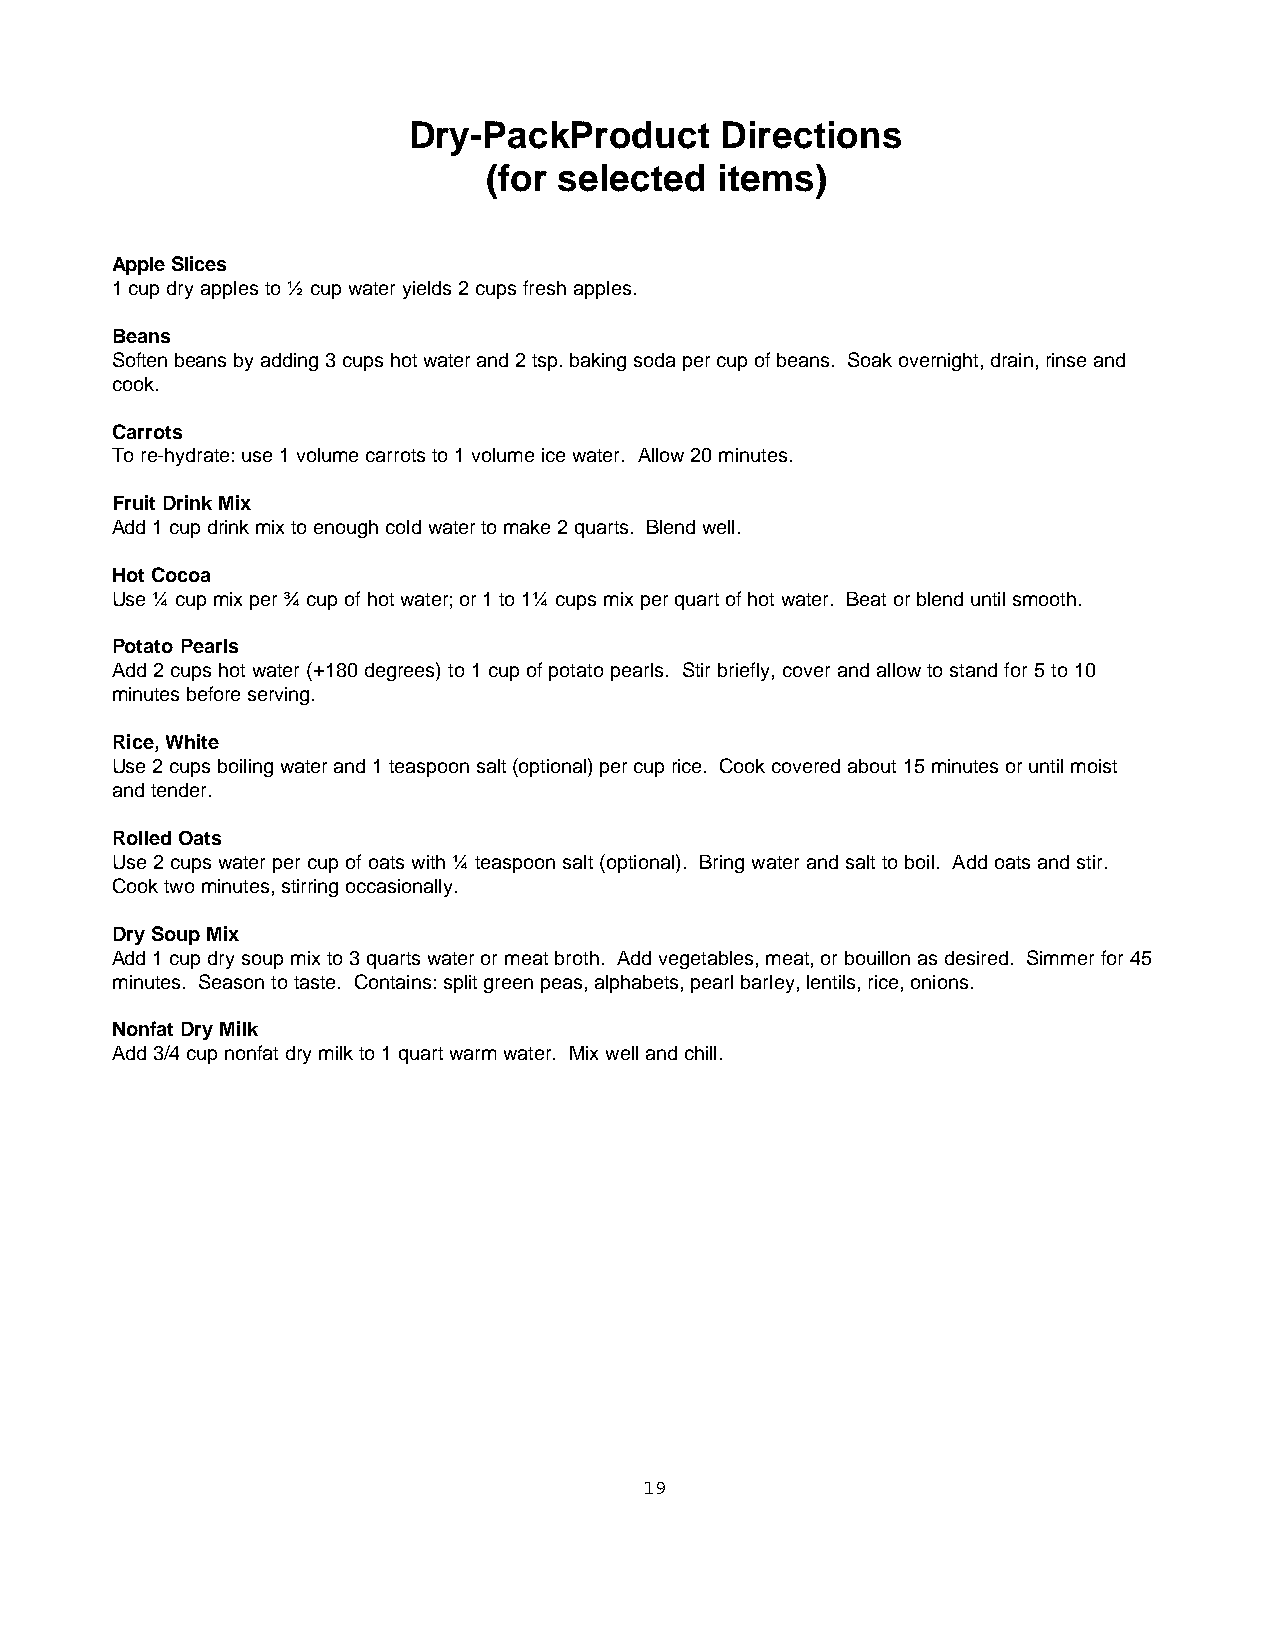
Dry-PackProduct      Directions
 (for selected  items)
 Apple Slices
 1 cup dry apples to ½ cup water yields 2 cups fresh apples.
 Beans
 Soften beans by adding 3 cups hot water and 2 tsp. baking soda per cup of beans. Soak overnight, drain, rinse and
 cook.
 Carrots
 To re-hydrate: use 1 volume carrots to 1 volume ice water. Allow 20 minutes.
 Fruit Drink Mix
 Add 1 cup drink mix to enough cold water to make 2 quarts. Blend well.
 Hot Cocoa
 Use ¼ cup mix per ¾ cup of hot water; or 1 to 1¼ cups mix per quart of hot water. Beat or blend until smooth.
 Potato Pearls
 Add 2 cups hot water (+180 degrees) to 1 cup of potato pearls. Stir briefly, cover and allow to stand for 5 to 10
 minutes before serving.
 Rice, White
 Use 2 cups boiling water and 1 teaspoon salt (optional) per cup rice. Cook covered about 15 minutes or until moist
 and tender.
 Rolled Oats
 Use 2 cups water per cup of oats with ¼ teaspoon salt (optional). Bring water and salt to boil. Add oats and stir.
 Cook two minutes, stirring occasionally.
 Dry Soup Mix
 Add 1 cup dry soup mix to 3 quarts water or meat broth. Add vegetables, meat, or bouillon as desired. Simmer for 45
 minutes. Season to taste. Contains: split green peas, alphabets, pearl barley, lentils, rice, onions.
 Nonfat Dry Milk
 Add 3/4 cup nonfat dry milk to 1 quart warm water. Mix well and chill.
 19